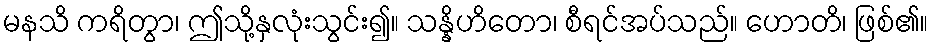
မနသိ ကရိတွာ၊ ဤသို့နှလုံးသွင်း၍။ သန္နိဟိတော၊ စီရင်အပ်သည်။ ဟောတိ၊ ဖြစ်၏။